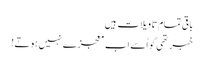
باقی تمام تاویلات ہیں
خبر تھی گو اُسے اب معجزے نہیں ہوتے!